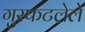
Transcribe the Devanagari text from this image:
गुरफटलेले